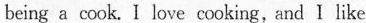
being a cook. I love cooking,and I like